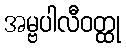
အမ္ဗပါလီဝတ္ထု